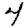
Digit: 4